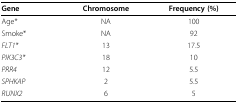
<table><thead><tr><td><b>Gene</b></td><td><b>Chromosome</b></td><td><b>Frequency (%)</b></td></tr></thead><tbody><tr><td>Age*</td><td>NA</td><td>100</td></tr><tr><td>Smoke*</td><td>NA</td><td>92</td></tr><tr><td><i>FLT1*</i></td><td>13</td><td>17.5</td></tr><tr><td><i>PIK3C3*</i></td><td>18</td><td>10</td></tr><tr><td><i>PRR4</i></td><td>12</td><td>5.5</td></tr><tr><td><i>SPHKAP</i></td><td>2</td><td>5.5</td></tr><tr><td><i>RUNX2</i></td><td>6</td><td>5</td></tr></tbody></table>